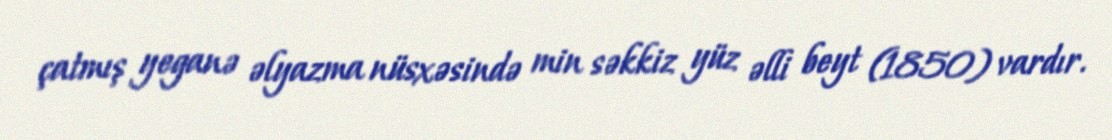
çatmış yeganə əlyazma nüsxəsində min səkkiz yüz əlli beyt (1850) vardır.